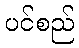
ပင်စည်